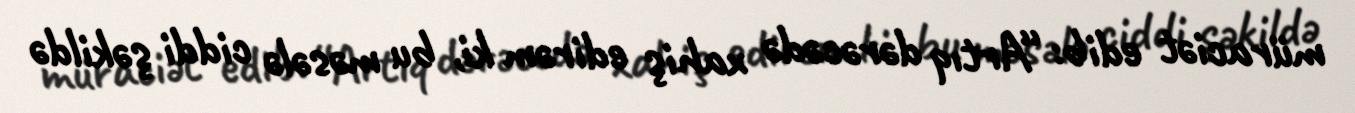
müraciət edib: “Artıq dərəcədə xahiş edirəm ki, bu məsələ ciddi şəkildə